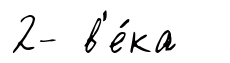
2- в'е́ка